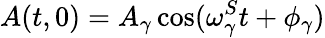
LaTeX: A(t,0)=A_{\gamma}\cos(\omega_{\gamma}^{S}t+\phi_{\gamma})